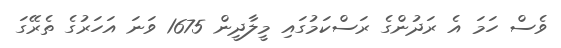
ވެސް ހަމަ އެ ރަދުންގެ ރަސްކަމުގައި މީލާދީން 1675 ވަނަ އަހަރުގެ ތެރޭގަ